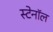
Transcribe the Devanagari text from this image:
स्टेनॉल